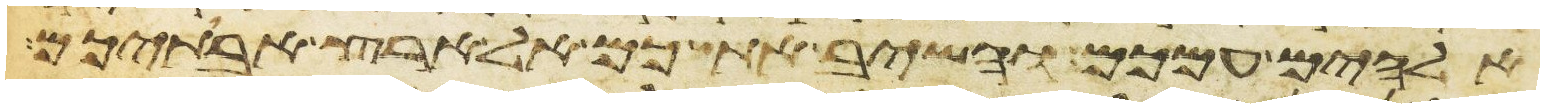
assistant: אלהים עמכם והשיב אתכם אל ארץ אבתיכם